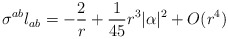
\begin{align*}\sigma^{ab} l_{ab} = - \frac{2}{r} +\frac{ 1}{45} r^3 |\alpha|^2 +O(r^4)\end{align*}